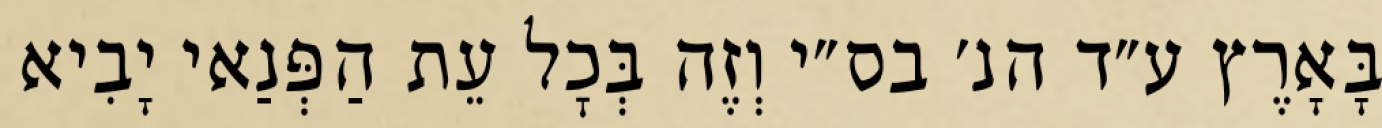
בָּאָרֶץ ע״ד הנ׳ בס״י וְזֶה בְּכׇל עֵת הַפְּנַאי יָבִיא